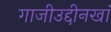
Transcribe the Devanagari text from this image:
गाजीउद्दीनखां